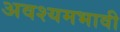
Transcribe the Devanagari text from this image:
अवश्यमभावी